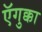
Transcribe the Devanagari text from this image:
ऍगुक्का